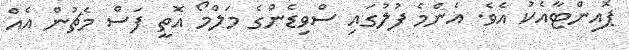
ޕޮއިންޓާއެކު އެވެ. އެންމެ ފުލުގައި ސްވިޑެންގެ މަލްމޯ އޮތީ ފަސް މެޗުން އެއް